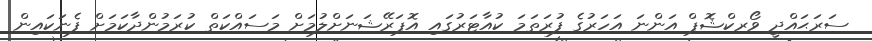
ސަރަޙައްދީ ވޯރކްޝޮޕް އަންނަ އަހަރުގެ ފުރަތަމަ ކުއާޓަރުގައި އޮޕަރޭޝަނަށްލުމަށް މަސައްކަތް ކުރަމުންދާކަމަށް ފެނަކައިން